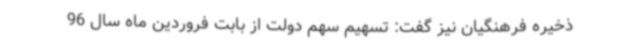
ذخیره فرهنگیان نیز گفت: تسهیم سهم دولت از بابت فروردین ماه سال 96